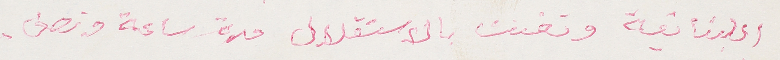
اللبنانية وتغنت بالاستقلال مدة ساعة ونصف.